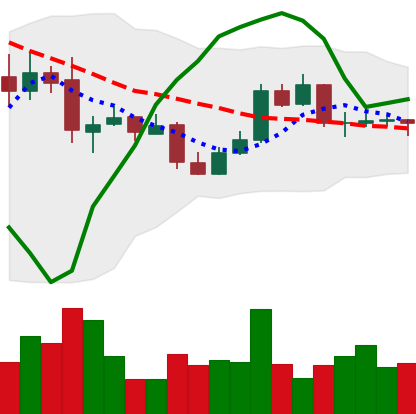
Ticker: BTC-USD
Chart end date: 2015-05-29
Forward return: -4.733%
Label: down_3_5